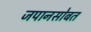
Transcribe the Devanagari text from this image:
जपानसोबत